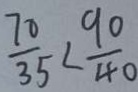
\frac { 7 0 } { 3 5 } < \frac { 9 0 } { 4 0 }